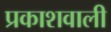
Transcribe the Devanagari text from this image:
प्रकाशवाली